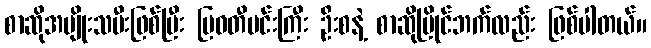
စာဆိုအမျိုးသမီးဖြစ်ပြီး မြဝတီမင်းကြီး ဦးစနဲ့ စာဆိုပြိုင်ဘက်လည်း ဖြစ်ပါတယ်။